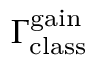
\Gamma _ { \mathrm { c l a s s } } ^ { \mathrm { g a i n } }